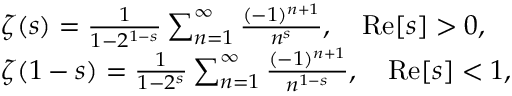
\begin{array} { r l } & { \zeta ( s ) = \frac { 1 } { 1 - 2 ^ { 1 - s } } \sum _ { n = 1 } ^ { \infty } \frac { ( - 1 ) ^ { n + 1 } } { n ^ { s } } , \quad \mathrm { R e } [ s ] > 0 , } \\ & { \zeta ( 1 - s ) = \frac { 1 } { 1 - 2 ^ { s } } \sum _ { n = 1 } ^ { \infty } \frac { ( - 1 ) ^ { n + 1 } } { n ^ { 1 - s } } , \quad \mathrm { R e } [ s ] < 1 , } \end{array}